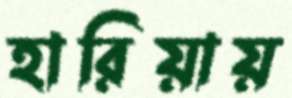
হারিয়ায়